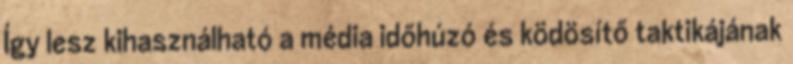
Így lesz kihasználható a média időhúzó és ködösítő taktikájának